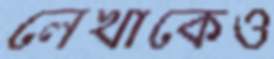
লেখাকেও